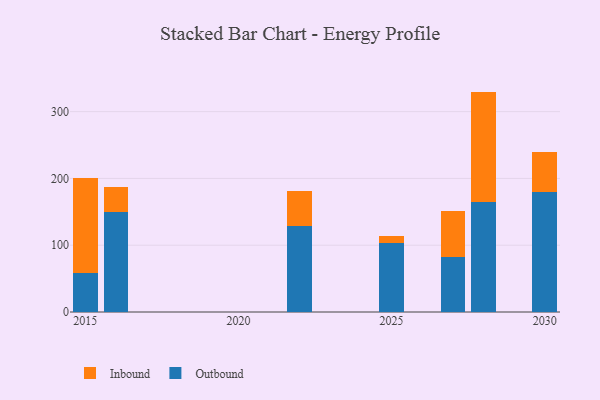
{"axis": {"x": "Year", "y": "Inventory Turnover"}, "legend": ["Inbound", "Outbound"], "data": [{"x": "2030", "y": 179.4, "type": "Outbound"}, {"x": "2030", "y": 60.5, "type": "Inbound"}, {"x": "2027", "y": 82.4, "type": "Outbound"}, {"x": "2027", "y": 68.2, "type": "Inbound"}, {"x": "2015", "y": 58.1, "type": "Outbound"}, {"x": "2015", "y": 142.5, "type": "Inbound"}, {"x": "2016", "y": 150.0, "type": "Outbound"}, {"x": "2016", "y": 37.5, "type": "Inbound"}, {"x": "2022", "y": 129.1, "type": "Outbound"}, {"x": "2022", "y": 51.4, "type": "Inbound"}, {"x": "2025", "y": 103.4, "type": "Outbound"}, {"x": "2025", "y": 10.0, "type": "Inbound"}, {"x": "2028", "y": 164.7, "type": "Outbound"}, {"x": "2028", "y": 165.3, "type": "Inbound"}]}